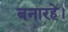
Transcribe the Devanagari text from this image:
बनारहे।